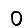
Digit: 0